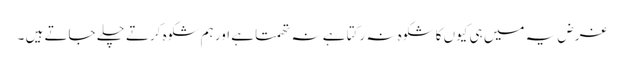
غرض یہ میں ہی کیوں کا شکوہ نہ رکتا ہے نہ تھمتا ہے اور ہم شکوہ کرتے چلے جاتے ہیں ۔